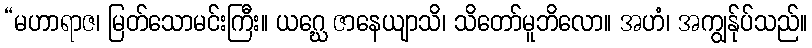
“မဟာရာဇ၊ မြတ်သောမင်းကြီး။ ယဂ္ဃေ ဇာနေယျာသိ၊ သိတော်မူဘိလော။ အဟံ၊ အကျွန်ုပ်သည်။